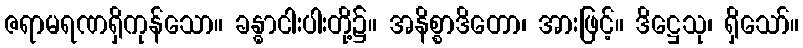
ဇရာမရဏရှိကုန်သော။ ခန္ဓာငါးပါးတို့၌။ အနိစ္စာဒိတော၊ အားဖြင့်။ ဒိဋ္ဌေသု၊ ရှိသော်။